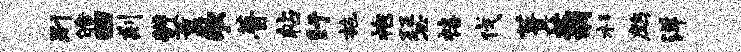
别皓回剡辨薰歌瞢帖盱施袍瑟禧伐葺蓊杉鹧洋